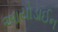
આયોડાઈન